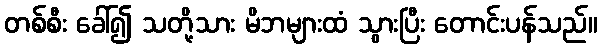
တစ်စီး ခေါ်၍ သတို့သား မိဘများထံ သွားပြီး တောင်းပန်သည်။